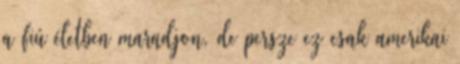
a fiú életben maradjon, de persze ez csak amerikai